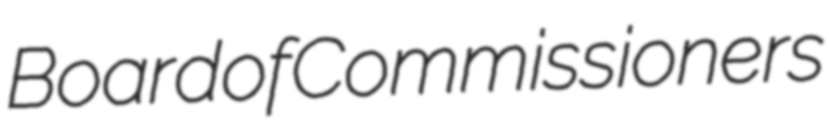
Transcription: Board of Commissioners